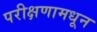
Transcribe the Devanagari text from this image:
परीक्षणामधून